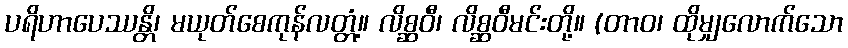
ပရိဟာပေဿန္တိ၊ မယုတ်စေကုန်လတ္တံ့။ လိစ္ဆဝီ၊ လိစ္ဆဝီမင်းတို့။ (တာဝ၊ ထိုမျှလောက်သော